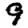
Digit: 9